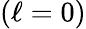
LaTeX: (\ell=0)